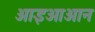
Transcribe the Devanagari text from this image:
आइओआन